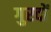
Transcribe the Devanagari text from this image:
गुरदों